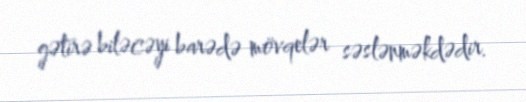
gətirə biləcəyi barədə mövqelər səslənməkdədir.